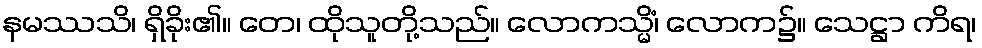
နမဿသိ၊ ရှိခိုး၏။ တေ၊ ထိုသူတို့သည်။ လောကသ္မိံ၊ လောက၌။ သေဋ္ဌာ ကိရ၊